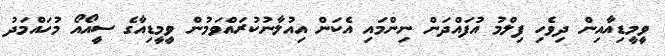
ވީމީޑިއާއިން ދިވެހި ފިލްމު އުފައްދަން ނިންމައި އެކަން އިއުލާނުކުރައްވަމުން ވީމީޑިއާގެ ސީއޯއޯ މުހައްމަދު